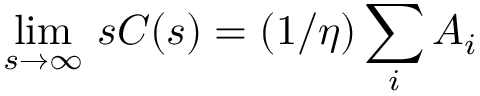
\operatorname* { l i m } _ { s \to \infty } \, s C ( s ) = ( 1 / \eta ) \sum _ { i } A _ { i }